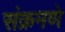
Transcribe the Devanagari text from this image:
संक्रमणे